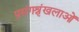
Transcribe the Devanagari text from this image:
प्रसंगश्रृंखलाओं